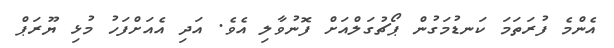
އެންމެ ފުރަތަމަ ކަނޑުމަގުން ޕޯޗުގަލްއަށް ފޮނުވާލި އެވެ. އަދި އެއަށްފަހު މުޅި ޔޫރަޕް